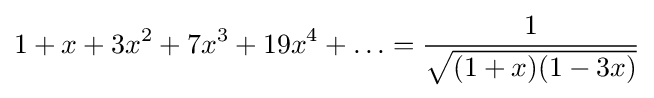
1+x+3x^{2}+7x^{3}+19x^{4}+\ldots ={\frac {1}{\sqrt {(1+x)(1-3x)}}}